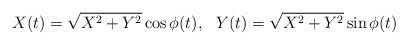
LaTeX: \begin{align*}X(t) = \sqrt{X^{2} +Y^{2}}\cos\phi(t), \ \ Y(t) =\sqrt{X^{2} +Y^{2}}\sin\phi(t)\end{align*}